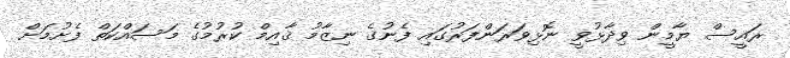
ރައީސް ޔާމީން ވިދާޅުވީ ނޮޅިވަރަންފަރުގައި ފެނުގެ ނިޒާމު ޤާއިމް ކުރުމުގެ މަސައްކަތް ފެށުމަށް